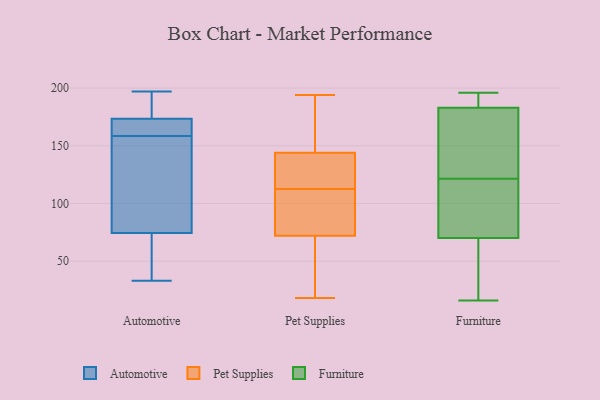
{"axis": {"x": "Backlog", "y": "Value"}, "legend": ["Automotive", "Furniture", "Pet Supplies"], "data": [{"x": "", "y": 158, "type": "Automotive"}, {"x": "", "y": 176, "type": "Automotive"}, {"x": "", "y": 69, "type": "Automotive"}, {"x": "", "y": 171, "type": "Automotive"}, {"x": "", "y": 195, "type": "Automotive"}, {"x": "", "y": 197, "type": "Automotive"}, {"x": "", "y": 162, "type": "Automotive"}, {"x": "", "y": 159, "type": "Automotive"}, {"x": "", "y": 114, "type": "Automotive"}, {"x": "", "y": 80, "type": "Automotive"}, {"x": "", "y": 68, "type": "Automotive"}, {"x": "", "y": 33, "type": "Automotive"}, {"x": "", "y": 91, "type": "Pet Supplies"}, {"x": "", "y": 194, "type": "Pet Supplies"}, {"x": "", "y": 187, "type": "Pet Supplies"}, {"x": "", "y": 144, "type": "Pet Supplies"}, {"x": "", "y": 127, "type": "Pet Supplies"}, {"x": "", "y": 156, "type": "Pet Supplies"}, {"x": "", "y": 28, "type": "Pet Supplies"}, {"x": "", "y": 39, "type": "Pet Supplies"}, {"x": "", "y": 117, "type": "Pet Supplies"}, {"x": "", "y": 18, "type": "Pet Supplies"}, {"x": "", "y": 80, "type": "Pet Supplies"}, {"x": "", "y": 70, "type": "Pet Supplies"}, {"x": "", "y": 120, "type": "Pet Supplies"}, {"x": "", "y": 72, "type": "Pet Supplies"}, {"x": "", "y": 108, "type": "Pet Supplies"}, {"x": "", "y": 191, "type": "Pet Supplies"}, {"x": "", "y": 123, "type": "Pet Supplies"}, {"x": "", "y": 77, "type": "Pet Supplies"}, {"x": "", "y": 196, "type": "Furniture"}, {"x": "", "y": 120, "type": "Furniture"}, {"x": "", "y": 189, "type": "Furniture"}, {"x": "", "y": 25, "type": "Furniture"}, {"x": "", "y": 28, "type": "Furniture"}, {"x": "", "y": 111, "type": "Furniture"}, {"x": "", "y": 145, "type": "Furniture"}, {"x": "", "y": 129, "type": "Furniture"}, {"x": "", "y": 70, "type": "Furniture"}, {"x": "", "y": 195, "type": "Furniture"}, {"x": "", "y": 183, "type": "Furniture"}, {"x": "", "y": 16, "type": "Furniture"}, {"x": "", "y": 123, "type": "Furniture"}, {"x": "", "y": 65, "type": "Furniture"}, {"x": "", "y": 98, "type": "Furniture"}, {"x": "", "y": 146, "type": "Furniture"}, {"x": "", "y": 73, "type": "Furniture"}, {"x": "", "y": 194, "type": "Furniture"}]}